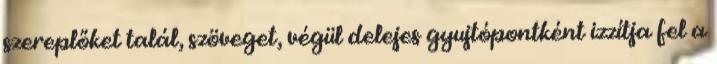
szereplőket talál, szöveget, végül delejes gyujtópontként izzítja fel a